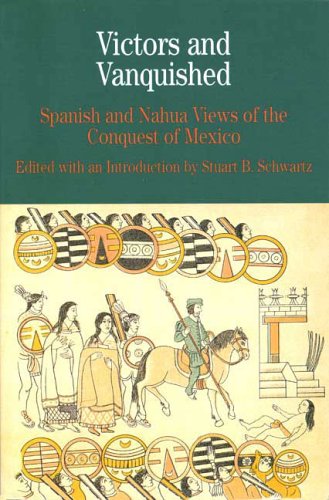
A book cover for Victors and Vanquished: Spanish and Nahua Views of the Conquest of Mexico (Bedford Cultural Editions Series); Stuart B. Schwartz; History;